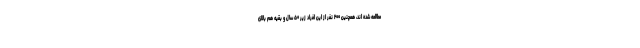
مطالعه شده اند، همچنین ۲۰۰ نفر از این افراد زیر ۵۰ سال و بقیه هم بالای